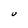
Character: U